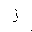
Letter: _zay